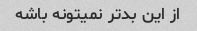
از این بدتر نمیتونه باشه